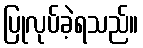
ပြုလုပ်ခဲ့ရသည်။